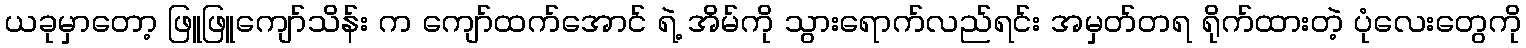
ယခုမှာတော့ ဖြူဖြူကျော်သိန်း က ကျော်ထက်အောင် ရဲ့ အိမ်ကို သွားရောက်လည်ရင်း အမှတ်တရ ရိုက်ထားတဲ့ ပုံလေးတွေကို